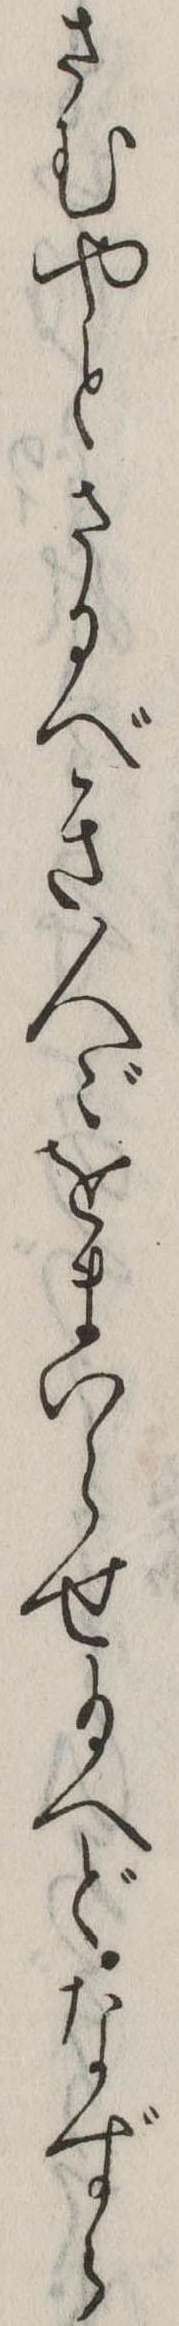
さむやとさるべき人々をまいらせ給へどなずら